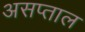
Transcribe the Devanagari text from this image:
असप्ताल